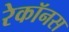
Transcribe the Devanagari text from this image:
रेकॉनस